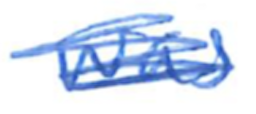
Text: was
Cross-out: scratch
Writing tool: ballpoint